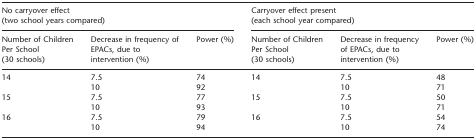
| <COLSPAN=3> No carryover effect (two schoolyears compared) | <COLSPAN=3> Carryover effect present (eachschool year compared) |
 | Number of Children Per School(30 schools) | Decrease in frequency of EPACs,due to intervention (%) | Power (%) | Number of Children Per School(30 schools) | Decrease in frequency of EPACs,due to intervention (%) | Power (%) |
 | --- | --- | --- | --- | --- | --- |
 | <ROWSPAN=2> 14 | 7.5 | 74 | <ROWSPAN=2> 14 | 7.5 | 48 |
 | 10 | 92 | 10 | 71 |
 | <ROWSPAN=2> 15 | 7.5 | 77 | <ROWSPAN=2> 15 | 7.5 | 50 |
 | 10 | 93 | 10 | 71 |
 | <ROWSPAN=2> 16 | 7.5 | 79 | <ROWSPAN=2> 16 | 7.5 | 54 |
 | 10 | 94 | 10 | 74 |